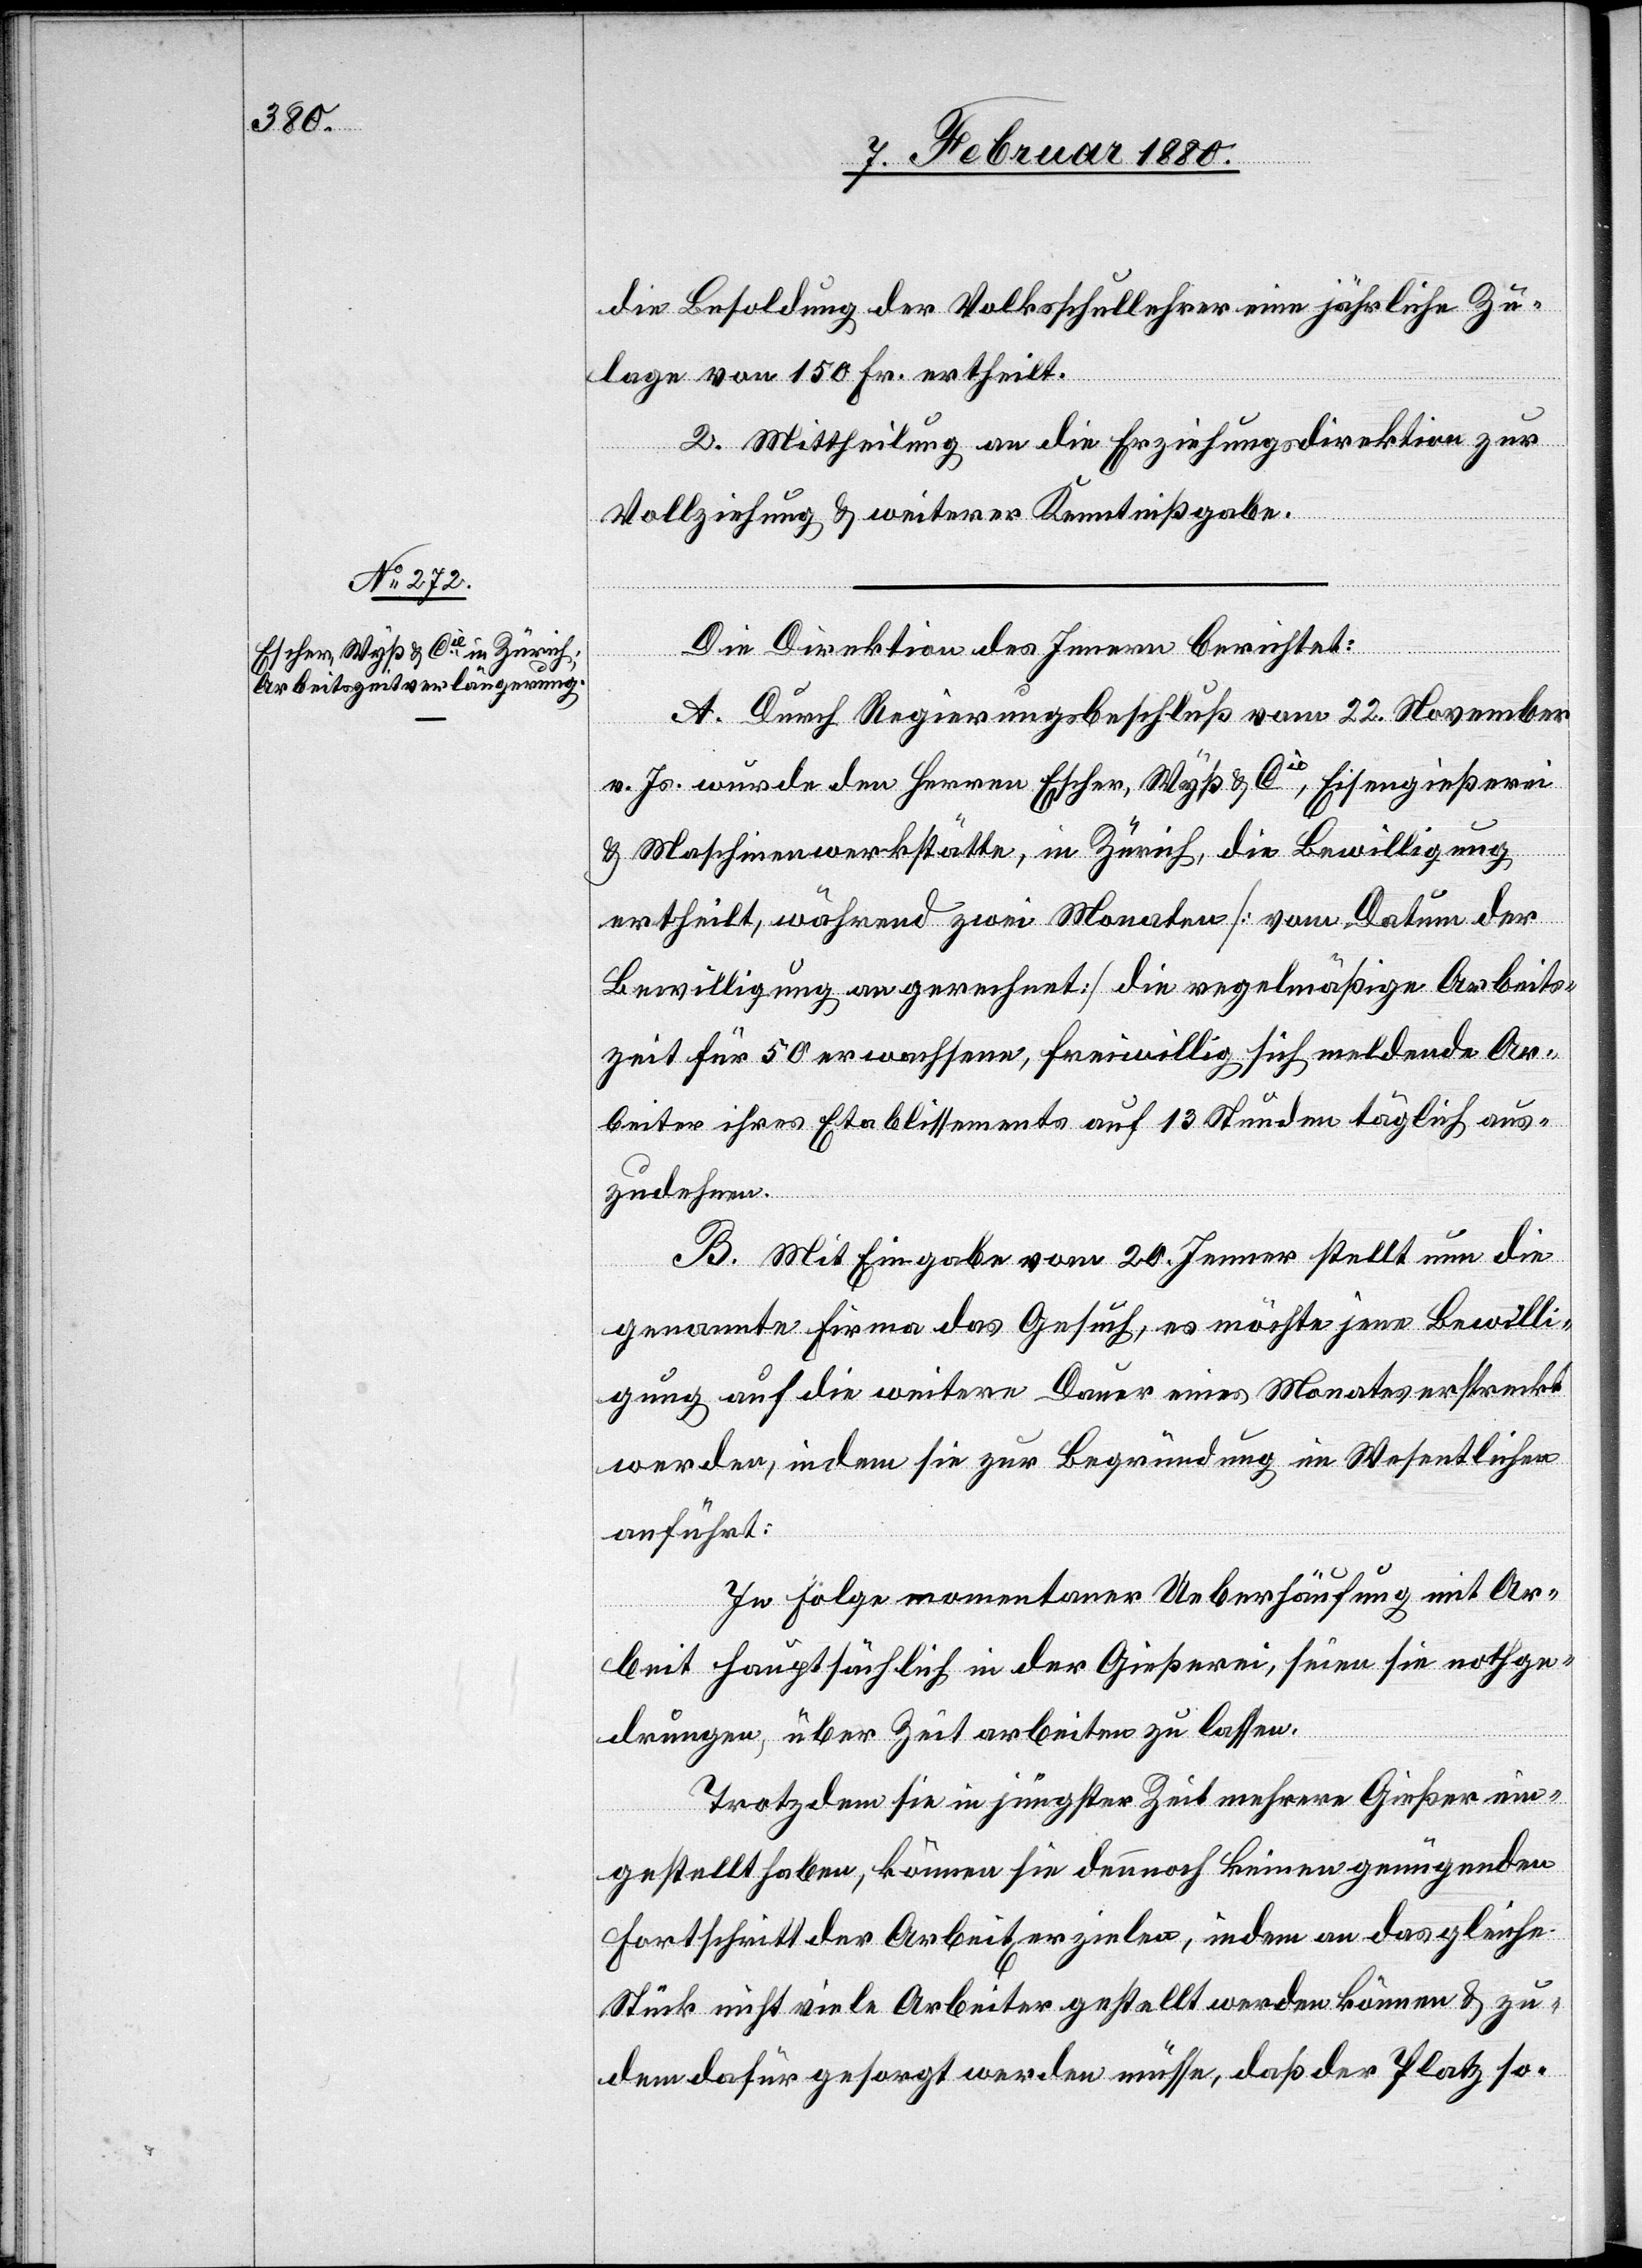
die Besoldung der Volksschullehrer eine jährliche Zu¬
lage von 150 Fr. ertheilt.
2. Mittheilung an die Erziehungsdirektion zur
Vollziehung & weiterer Kenntnißgabe.
Die Direktion des Innern berichtet:
A. Durch Regierungsbeschluß vom 22. November
v. Js. wurde den Herren Escher, Wyß & Cie, Eisengießerei
& Maschinenwerkstätte, in Zürich, die Bewilligung
ertheilt, während zwei Monaten [vom Datum der
Bewilligung an gerechnet] die regelmäßige Arbeits¬
zeit für 50 erwachsene, freiwillig sich meldende Ar¬
beiter ihres Etablissements auf 13 Stunden täglich aus¬
zudehnen.
B. Mit Eingabe vom 20. Jenner stellt nun die
genannte Firma das Gesuch, es möchte jene Bewilli¬
gung auf die weitere Dauer eines Monates erstreckt
werden, indem sie zur Begründung im Wesentlichen
anführt:
In Folge momentaner Ueberhäufung mit Ar¬
beit hauptsächlich in der Gießerei, seien sie nothge¬
drungen, über Zeit arbeiten zu lassen.
Trotzdem sie in jüngster Zeit mehrere Gießer ein¬
gestellt haben, können sie dennoch keinen genügenden
Fortschritt der Arbeit erzielen, indem an das gleiche
Stück nicht viele Arbeiter gestellt werden können & zu¬
dem dafür gesorgt werden müsse, daß der Platz so-